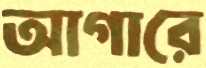
আগারে